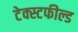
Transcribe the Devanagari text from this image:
टेक्स्टफील्ड